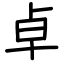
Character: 卓